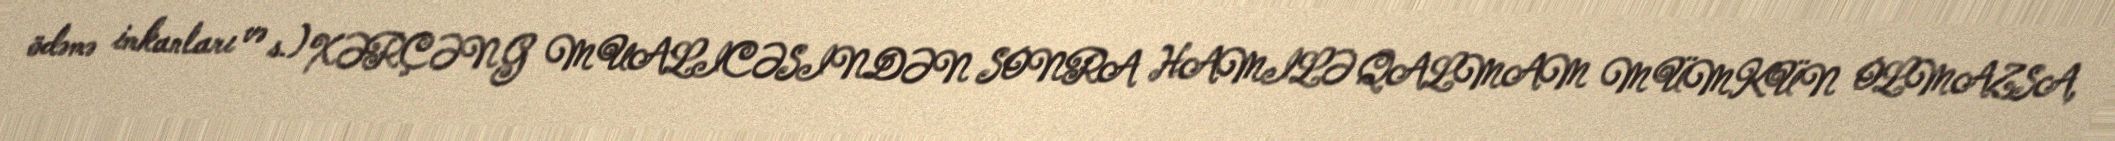
ödəmə imkanları və s.) XƏRÇƏNG MUALICƏSINDƏN SONRA HAMILƏ QALMAM MÜMKÜN OLMAZSA,